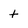
Character: t